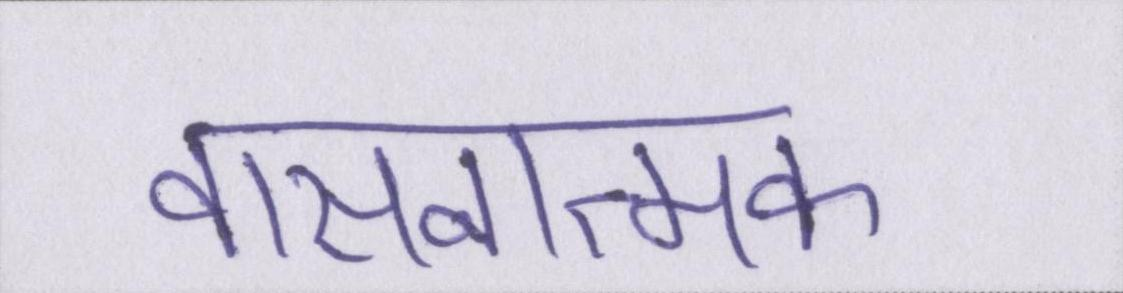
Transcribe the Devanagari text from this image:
वासनात्मक